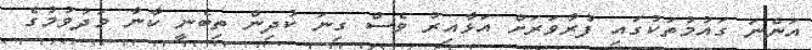
އަންނަ ގައުމުތަކުގައި ފުރާވަރަށް އަޅާއިރު ވެސް ގިނަ ކުދިން ތިބެނީ ކާނާ މަދުވުމުގެ